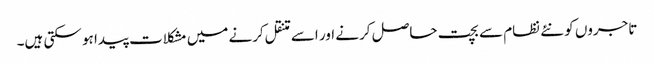
تاجروں کو نئے نظام سے بچت حاصل کرنے اور اسے متنقل کرنے میں مشکلات پیدا ہو سکتی ہیں۔